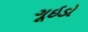
ગૂઇડો